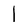
Character: l